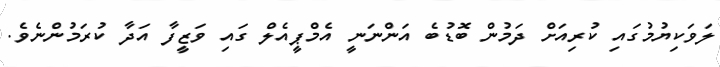
ލަވަކިޔުމުގައި ކުރިއަށް ދަމުން ބޮޑުބެ އަންނަނީ އެމްޕީއެލް ގައި ވަޒީފާ އަދާ ކުރަމުންނެވެ.